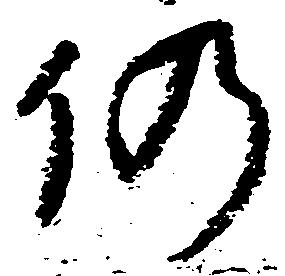
仍